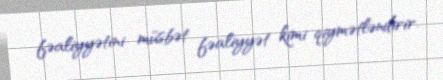
fəaliyyətini müsbət fəaliyyət kimi qiymətləndirir.